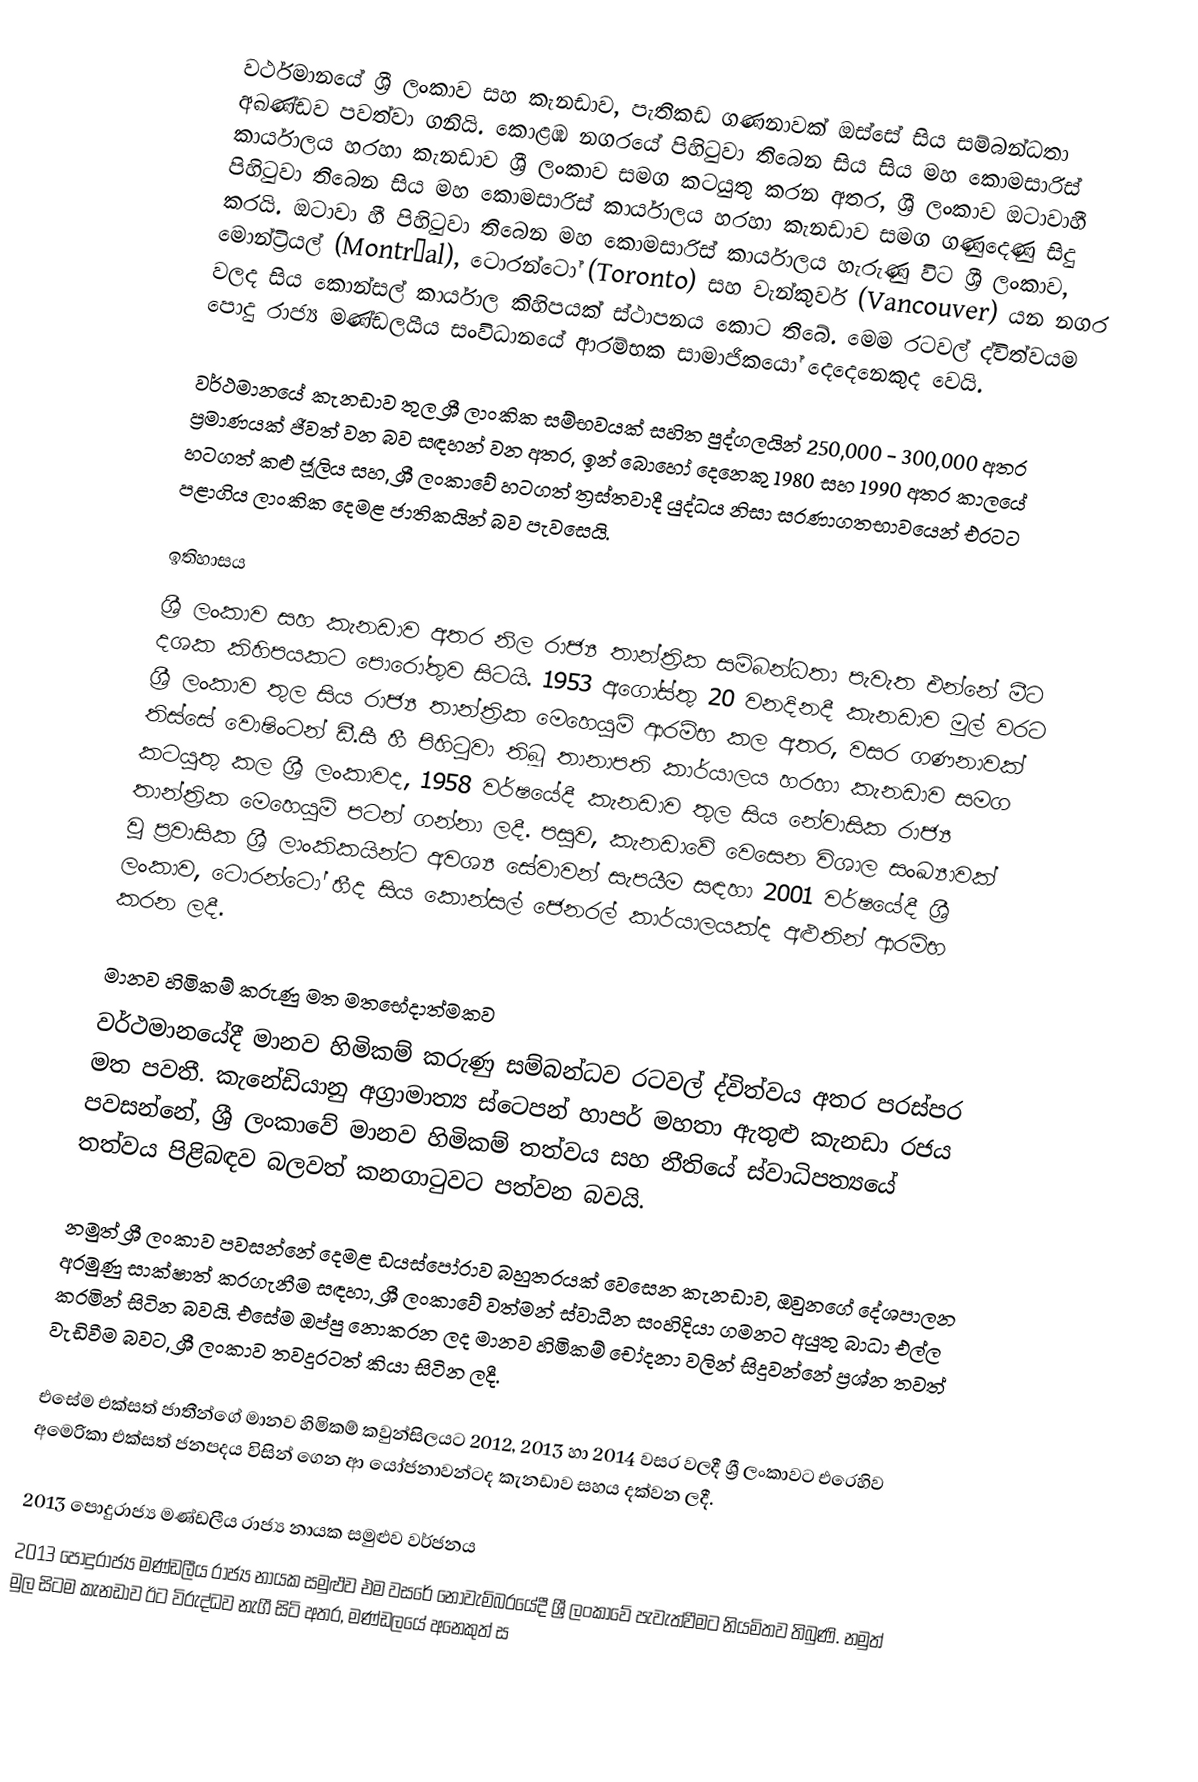
වර්ථමානයේ ශ්‍රී ලංකාව සහ කැනඩාව, පැතිකඩ ගණනාවක් ඔස්සේ සිය සම්බන්ධතා අඛණ්ඩව පවත්වා ගනියි. කොළඹ නගරයේ පිහිටුවා තිබෙන සිය සිය මහ කොමසාරිස් කාර්යාලය හරහා කැනඩාව ශ්‍රී ලංකාව සමග කටයුතු කරන අතර, ශ්‍රී ලංකාව ඔටාවාහී පිහිටුවා තිබෙන සිය මහ කොමසාරිස් කාර්යාලය හරහා කැනඩාව සමග ගණුදෙණු සිදු කරයි. ඔටාවා හී පිහිටුවා තිබෙන මහ කොමසාරිස් කාර්යාලය හැරුණු විට ශ්‍රී ලංකාව, මොන්ට්‍රියල් (Montréal), ටොරන්ටෝ (Toronto) සහ වැන්කුවර් (Vancouver) යන නගර වලද සිය කොන්සල් කාර්යාල කිහිපයක් ස්ථාපනය කොට තිබේ. මෙම රටවල් ද්විත්වයම පොදු රාජ්‍ය මණ්ඩලයීය සංවිධානයේ ආරම්භක සාමාජිකයෝ දෙදෙනෙකුද වෙයි.

වර්ථමානයේ කැනඩාව තුල ශ්‍රී ලාංකික සම්භවයක් සහිත පුද්ගලයින් 250,000 - 300,000 අතර ප්‍රමාණයක් ජීවත් වන බව සඳහන් වන අතර, ඉන් බොහෝ දෙනෙකු 1980 සහ 1990 අතර කාලයේ හටගත් කළු ජූලිය සහ, ශ්‍රී ලංකාවේ හටගත් ත්‍රස්තවාදී යුද්ධය නිසා සරණාගතභාවයෙන් එරටට පළාගිය ලාංකික දෙමළ ජාතිකයින් බව පැවසෙයි.

ඉතිහාසය
ශ්‍රී ලංකාව සහ කැනඩාව අතර නිල රාජ්‍ය තාන්ත්‍රික සම්බන්ධතා පැවැත එන්නේ මීට දශක කිහිපයකට පොරෝතුව සිටයි. 1953 අගෝස්තු 20 වනදිනදී කැනඩාව මුල් වරට ශ්‍රී ලංකාව තුල සිය රාජ්‍ය තාන්ත්‍රික මෙහෙයුම් ආරම්භ කල අතර, වසර ගණනාවක් තිස්සේ වොෂිංටන් ඩී.සී හී පිහිටුවා තිබූ තානාපති කාර්යාලය හරහා කැනඩාව සමග කටයුතු කල ශ්‍රී ලංකාවද, 1958 වර්ෂයේදී කැනඩාව තුල සිය නේවාසික රාජ්‍ය තාන්ත්‍රික මෙහෙයුම් පටන් ගන්නා ලදී. පසුව, කැනඩාවේ වෙසෙන විශාල සංඛ්‍යාවක් වූ ප්‍රවාසික ශ්‍රී ලාංකිකයින්ට අවශ්‍ය සේවාවන් සැපයීම සඳහා 2001 වර්ෂයේදී ශ්‍රී ලංකාව, ටොරන්ටෝ හීද සිය කොන්සල් ජෙනරල් කාර්යාලයක්ද අළුතින් ආරම්භ කරන ලදී.

මානව හිමිකම් කරුණු මත මතභේදාත්මකව
වර්ථමානයේදී මානව හිමිකම් කරුණු සම්බන්ධව රටවල් ද්විත්වය අතර පරස්පර මත පවතී. කැනේඩියානු අග්‍රාමාත්‍ය ස්ටෙපන් හාපර් මහතා ඇතුළු කැනඩා රජය පවසන්නේ, ශ්‍රී ලංකාවේ මානව හිමිකම් තත්වය සහ නීතියේ ස්වාධිපත්‍යයේ තත්වය පිළිබඳව බලවත් කනගාටුවට පත්වන බවයි.

නමුත් ශ්‍රී ලංකාව පවසන්නේ දෙමළ ඩයස්පෝරාව බහුතරයක් වෙසෙන කැනඩාව, ඔවුනගේ දේශපාලන අරමුණු සාක්ෂාත් කරගැනීම සඳහා, ශ්‍රී ලංකාවේ වත්මන් ස්වාධීන සංහිදියා ගමනට අයුතු බාධා එල්ල කරමින් සිටින බවයි. එසේම ඔප්පු නොකරන ලද මානව හිමිකම් චෝදනා වලින් සිදුවන්නේ ප්‍රශ්න තවත් වැඩිවීම බවට, ශ්‍රී ලංකාව තවදුරටත් කියා සිටින ලදී.

එසේම එක්සත් ජාතීන්ගේ මානව හිමිකම් කවුන්සිලයට 2012, 2013 හා 2014 වසර වලදී ශ්‍රී ලංකාවට එරෙහිව අමෙරිකා එක්සත් ජනපදය විසින් ගෙන ආ යෝජනාවන්ටද කැනඩාව සහය දක්වන ලදී.

2013 පොදුරාජ්‍ය මණ්ඩලීය රාජ්‍ය නායක සමුළුව වර්ජනය
2013 පොදුරාජ්‍ය මණ්ඩලීය රාජ්‍ය නායක සමුළුව එම වසරේ නොවැම්බරයේදී ශ්‍රී ලංකාවේ පැවැත්වීමට නියමිතව තිබුණි. නමුත් මුල සිටම කැනඩාව ඊට විරුද්ධව නැගී සිටි අතර, මණ්ඩලයේ අනෙකුත් ස